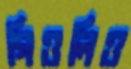
গিওলিও